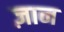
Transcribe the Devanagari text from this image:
ज़ान